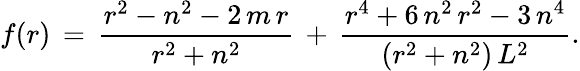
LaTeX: f(r)\, =\, \frac{r^{2}-n^{2}-2\, m\, r}{r^{2}+n^{2}}\, +\, \frac{r^{4}+6\, n^{2}\, r^{2}-3\, n^{4}}{\left(r^{2}+n^{2}\right)\, L^{2}}.